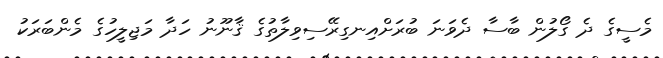
މެސީގެ ދެ ގޯލުން ބާސާ ދެވަނަ ބުރަށްއިނގިރޭސިވިލާތުގެ ޤާނޫނު ހަދާ މަޖިލީހުގެ މެންބަރަކު